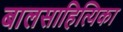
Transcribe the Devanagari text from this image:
बालसाहित्यिका